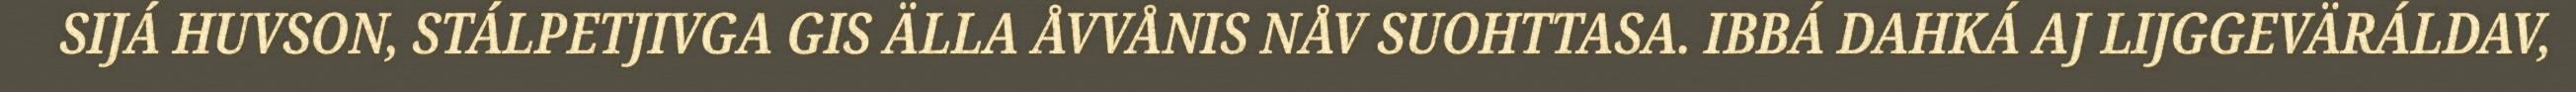
SIJÁ HUVSON, STÁLPETJIVGA GIS ÄLLA ÅVVÅNIS NÅV SUOHTTASA. IBBÁ DAHKÁ AJ LIJGGEVÄRÁLDAV,